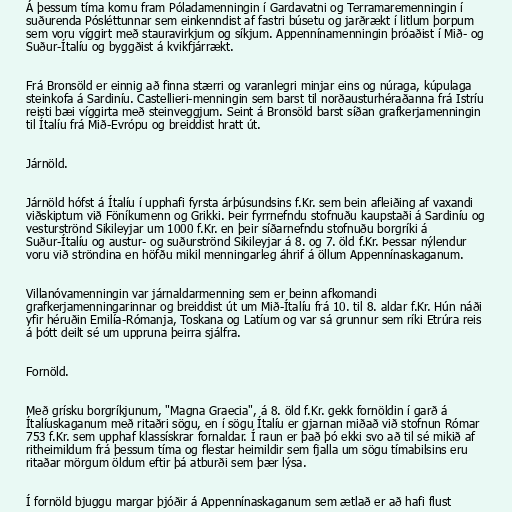
Á þessum tíma komu fram Póladamenningin í Gardavatni og Terramaremenningin í
suðurenda Pósléttunnar sem einkenndist af fastri búsetu og jarðrækt í litlum þorpum
sem voru víggirt með stauravirkjum og síkjum. Appennínamenningin þróaðist í Mið- og
Suður-Ítalíu og byggðist á kvikfjárrækt.

Frá Bronsöld er einnig að finna stærri og varanlegri minjar eins og núraga, kúpulaga
steinkofa á Sardiníu. Castellieri-menningin sem barst til norðausturhéraðanna frá Istríu
reisti bæi víggirta með steinveggjum. Seint á Bronsöld barst síðan grafkerjamenningin
til Ítalíu frá Mið-Evrópu og breiddist hratt út.

Járnöld.

Járnöld hófst á Ítalíu í upphafi fyrsta árþúsundsins f.Kr. sem bein afleiðing af vaxandi
viðskiptum við Föníkumenn og Grikki. Þeir fyrrnefndu stofnuðu kaupstaði á Sardiníu og
vesturströnd Sikileyjar um 1000 f.Kr. en þeir síðarnefndu stofnuðu borgríki á
Suður-Ítalíu og austur- og suðurströnd Sikileyjar á 8. og 7. öld f.Kr. Þessar nýlendur
voru við ströndina en höfðu mikil menningarleg áhrif á öllum Appennínaskaganum.

Villanóvamenningin var járnaldarmenning sem er beinn afkomandi
grafkerjamenningarinnar og breiddist út um Mið-Ítalíu frá 10. til 8. aldar f.Kr. Hún náði
yfir héruðin Emilía-Rómanja, Toskana og Latíum og var sá grunnur sem ríki Etrúra reis
á þótt deilt sé um uppruna þeirra sjálfra.

Fornöld.

Með grísku borgríkjunum, "Magna Graecia", á 8. öld f.Kr. gekk fornöldin í garð á
Ítalíuskaganum með ritaðri sögu, en í sögu Ítalíu er gjarnan miðað við stofnun Rómar
753 f.Kr. sem upphaf klassískrar fornaldar. Í raun er það þó ekki svo að til sé mikið af
ritheimildum frá þessum tíma og flestar heimildir sem fjalla um sögu tímabilsins eru
ritaðar mörgum öldum eftir þá atburði sem þær lýsa.

Í fornöld bjuggu margar þjóðir á Appennínaskaganum sem ætlað er að hafi flust